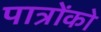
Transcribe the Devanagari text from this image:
पात्रोंको